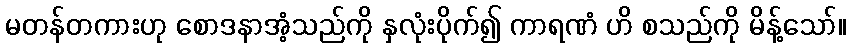
မတန်တကားဟု စောဒနာအံ့သည်ကို နှလုံးပိုက်၍ ကာရဏံ ဟိ စသည်ကို မိန့်သော်။